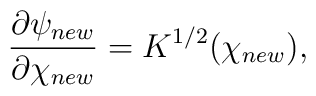
\frac{\partial \psi_{new}}{\partial \chi_{new}} = K^{1/2}(\chi_{new}),